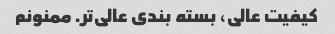
کیفیت عالی، بسته بندی عالی‌تر. ممنونم